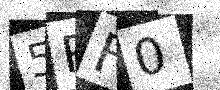
Text: 5RF0